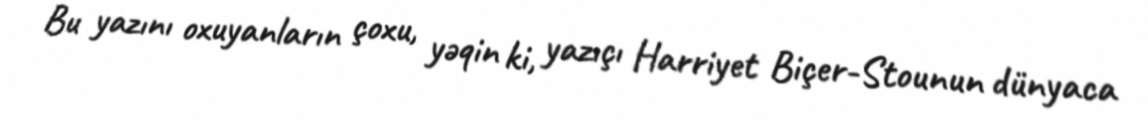
Bu yazını oxuyanların çoxu, yəqin ki, yazıçı Harriyet Biçer-Stounun dünyaca